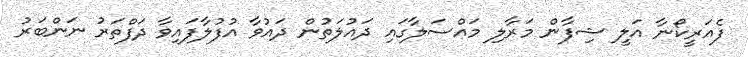
ފެއަރީކޯނާ އަލީ ޝިފާން މަރާލި މައްސަލާގައި ދައުލަތުން ދައުވާ އުފުލާފައިވާ ދަފްތަރު ނަންބަރު